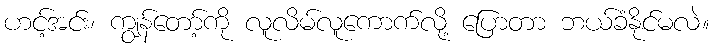
ဟင့်အင်း၊ ကျွန်တော့်ကို လူလိမ်လူကောက်လို့ ပြောတာ ဘယ်ခံနိုင်မလဲ။